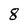
Character: 8